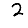
Digit: 2